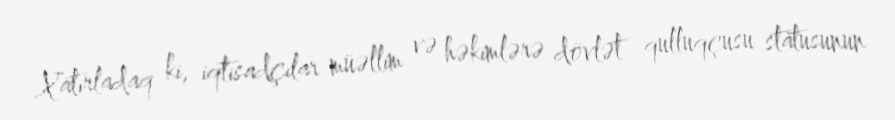
Xatırladaq ki, iqtisadçılar müəllim və həkimlərə dövlət qulluqçusu statusunun